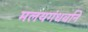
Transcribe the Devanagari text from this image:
मलयगंधर्वाने